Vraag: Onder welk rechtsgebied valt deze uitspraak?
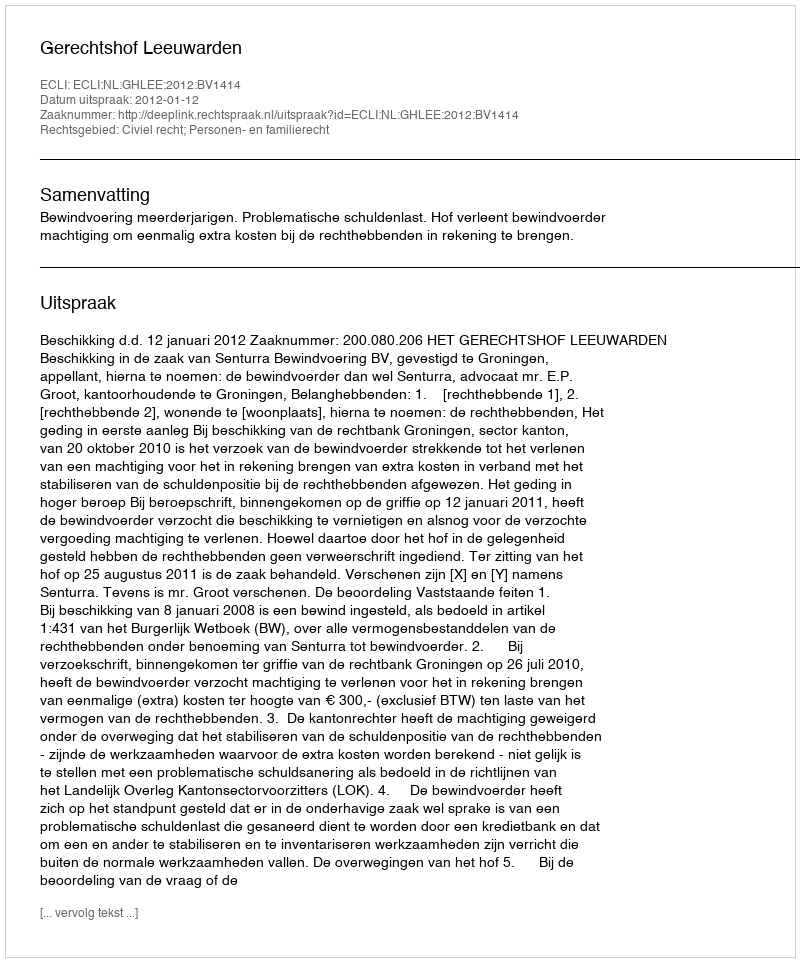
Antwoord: Civiel recht; Personen- en familierecht